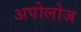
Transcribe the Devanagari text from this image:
अपोलोज